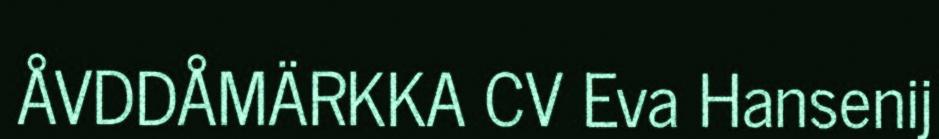
ÅVDDÅMÄRKKA CV Eva Hansenij